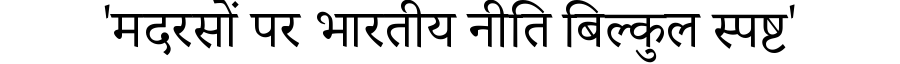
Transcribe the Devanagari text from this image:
'मदरसों पर भारतीय नीति बिल्कुल स्पष्ट'